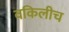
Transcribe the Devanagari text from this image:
वकिलीच